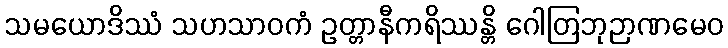
သမယောဒိဿံ သဟသာဝကံ ဥတ္တာနီကရိဿန္တိ ဂေါတြဘုဉာဏမေဝ